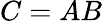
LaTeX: C=AB